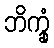
ဘိက္ခုံ